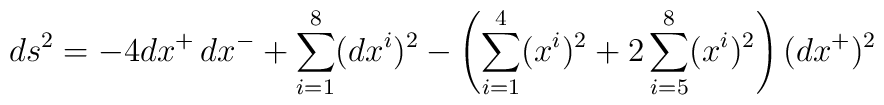
ds^2=-4dx^+\,dx^-+\sum_{i=1}^{8}(dx^i)^2-\left(\sum_{i=1}^{4}(x^i)^2+2\sum_{i=5}^{8}(x^i)^2\right)(dx^+)^2